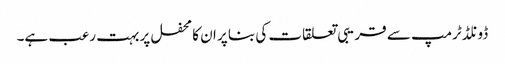
ڈونلڈ ٹرمپ سے قریبی تعلقات کی بنا پر ان کا محفل پر بہت رعب ہے۔